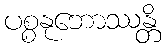
ပစ္စနုဘောဿန္တိ